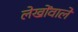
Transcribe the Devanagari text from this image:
लेखोंवाले